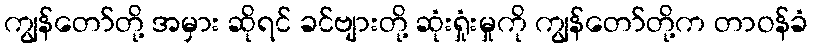
ကျွန်တော်တို့ အမှား ဆိုရင် ခင်ဗျားတို့ ဆုံးရှုံးမှုကို ကျွန်တော်တို့က တာဝန်ခံ